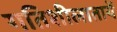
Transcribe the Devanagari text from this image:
गतिशीलातायें